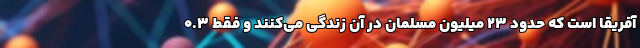
آفریقا است که حدود ۲۳ میلیون مسلمان در آن زندگی می‌کنند و فقط ۰.۳